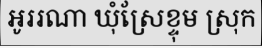
អូររណា ឃុំស្រែខ្ទុម ស្រុក